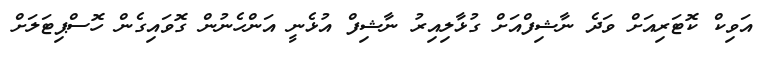
އަވިކް ކޮޓަރިއަށް ވަދެ ނާޝިފްއަށް ގުޅާލިއިރު ނާޝިފް އުޅެނީ އަންހެނުން ގޮވައިގެން ހޮސްޕިޓަލަށް